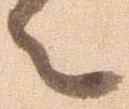
々